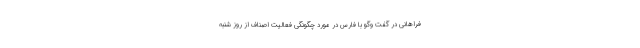
فراهانی در گفت وگو با فارس در مورد چگونگی فعالیت اصناف از روز شنبه